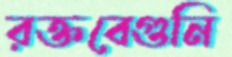
রক্তবেগুনি